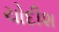
ચોદીશ